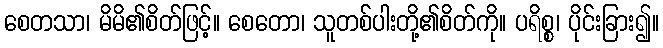
စေတသာ၊ မိမိ၏စိတ်ဖြင့်။ စေတော၊ သူတစ်ပါးတို့၏စိတ်ကို။ ပရိစ္စ၊ ပိုင်းခြား၍။